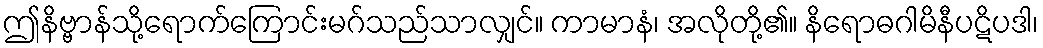
ဤနိဗ္ဗာန်သို့ရောက်ကြောင်းမဂ်သည်သာလျှင်။ ကာမာနံ၊ အလိုတို့၏။ နိရောဓဂါမိနီပဋိပဒါ၊